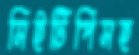
সিইটিপিসহ